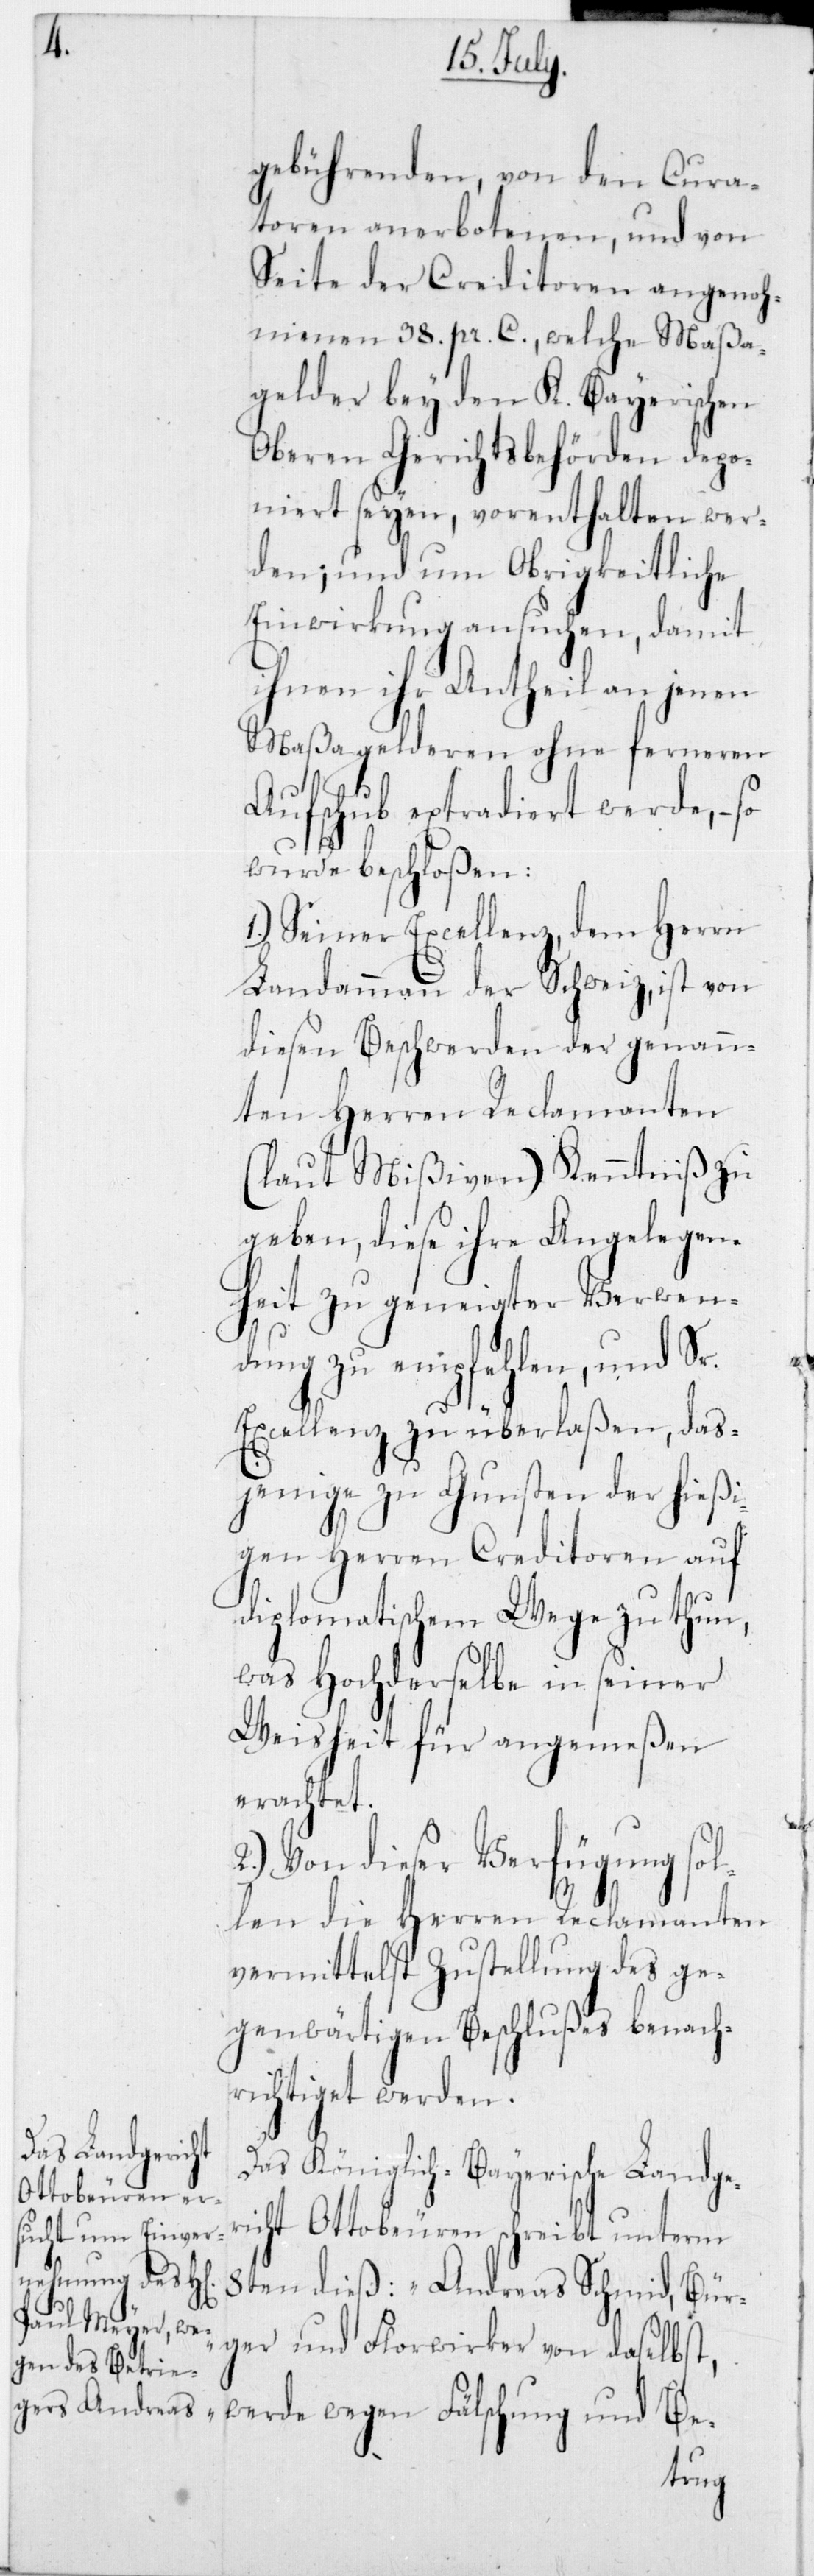
gebührenden, von den Cura¬
toren anerbotenen, und von
Seite der Creditoren angenoh¬
menen 38 pr. C., welche Maßa¬
gelder bey dem K. Bayerischen
Oberen Gerichtsbehörden depo¬
niert seyen, vorenthalten wer¬
den; und um Obrigkeitliche
Einwirkung ansuchen, damit
ihnen ihr Antheil an jenen
Maßagelderen ohne ferneren
Aufschub extradiert werde, –
wurde beschloßen:
1.) Seiner Excellenz, dem Herrn
Landammann der Schweiz, ist von
diesen Beschwerden der genann¬
ten Herren Reclamanten
(laut Mißiven) Kenntniß zu
geben, diese ihre Angelegen¬
heit zu geneigter Verwen¬
dung zu empfehlen, und Sr.
Excellenz zu überlaßen, das¬
jenige zu Gunsten der hießi¬
gen Herren Creditoren auf
diplomatischem Wege zu thun,
was Hochderselbe in seiner
Weisheit für angemeßen
erachtet.
Von dieser Verfügung sol¬
len die Herren Reclamanten
vermittelst Zustellung des ge¬
genwärtigen Beschlußes benach¬
richtiget werden.
Das Königlich-Bayerische Landge¬
richt Ottobeuren schreibt unterm
8ten dieß: „Andreas Schmid, Bür¬
ger und Florwirker von daselbst,
werde wegen Fälschung und Be-